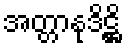
အတ္တာနုဒိဋ္ဌိ